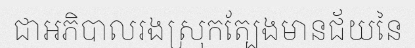
ជាអភិបាលរងស្រុកត្បែងមានជ័យនៃ